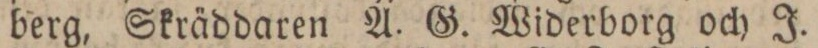
berg, Skräddaren A. G. Widerborg och J.